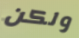
ولكن